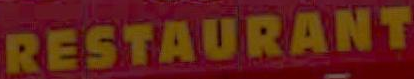
RESTAURANT